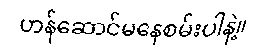
ဟန်ဆောင်မနေစမ်းပါနဲ့။